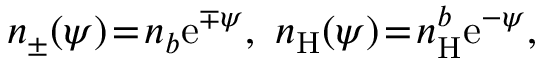
\begin{array} { r } { n _ { \pm } ( \psi ) \! = \! n _ { b } \mathrm { e } ^ { \mp \psi } , ~ n _ { \mathrm { H } } ( \psi ) \! = \! n _ { \mathrm { H } } ^ { b } \mathrm { e } ^ { - \psi } , } \end{array}